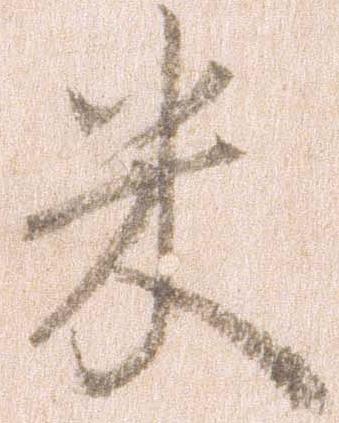
米